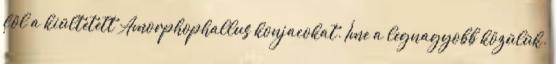
föl a kiültetett Amorphophallus konjacokat. Íme a legnagyobb közülük.